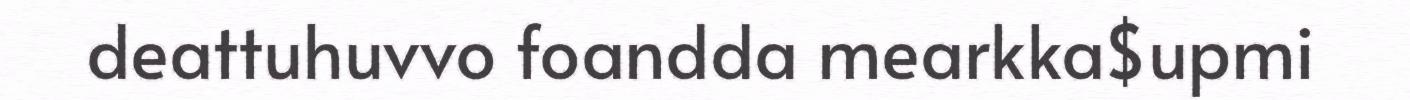
deattuhuvvo foandda mearkka$upmi